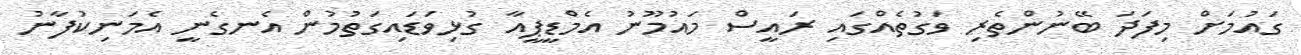
ގައުމަށް މިފަދަ ބޭނުންތެރި ވަގުތެއްގައި ރައީސް މައުމޫނު އެމްޑީޕީއާ ގުޅިވަޑައިގަތުމުން އެނގެނީ އެމަނިކުފާނު